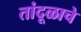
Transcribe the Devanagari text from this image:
तांदूळाचे